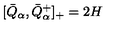
[ \bar { Q } _ { \alpha } , \bar { Q } _ { \alpha } ^ { + } ] _ { + } = 2 H